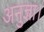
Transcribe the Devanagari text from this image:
अनुज्ञा।